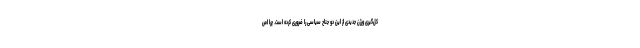
کل‌گیری ورژن جدیدی از این دو جناح سیاسی را ضروری کرده است. چرا اص